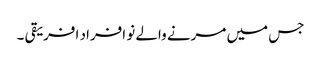
جس میں مرنے والے نو افراد افریقی ۔